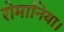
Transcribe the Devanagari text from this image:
रोमानिया।